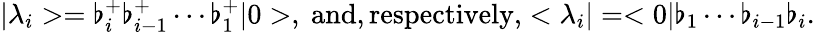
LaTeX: |\lambda_{i}>=\flat_{i}^{+}\flat_{i-1}^{+}\cdots\flat_{1}^{+}|0>,\mathrm{~and,respectively,}<\lambda_{i}|=<0|\flat_{1}\cdots\flat_{i-1}\flat_{i}.